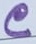
Text: C